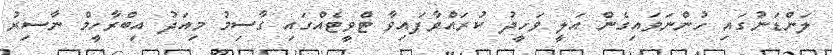
ލަންޑަނުގައި ހުންނަވައިގެން އަލީ ވަހީދު ކުރައްވާފައިވާ ޓްވީޓެއްގައި ގާސިމު މިއަދު އިބްރާހީމް ނާސިރު